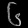
Digit: ၆